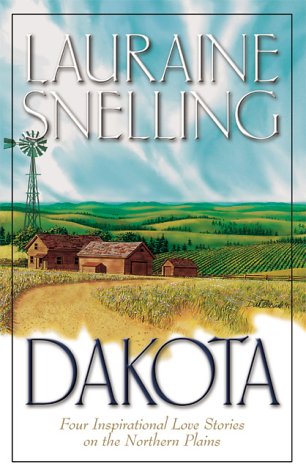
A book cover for Dakota: Dakota Dawn/Dakota Dream/Dakota Dusk/Dakota Destiny (Inspirational Romance Collection); Lauraine Snelling; Religion & Spirituality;